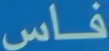
فاس